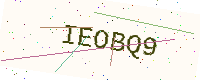
Text: IEOBQ9